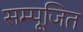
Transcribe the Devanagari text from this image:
सम्पूजित